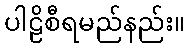
ပါဠိစီရမည်နည်း။